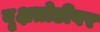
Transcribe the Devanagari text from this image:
वृक्षतोडीवर